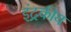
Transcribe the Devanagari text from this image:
इंद्रकीय